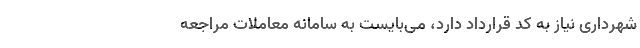
شهرداری نیاز به کد قرارداد دارد، می‌بایست به سامانه معاملات مراجعه